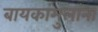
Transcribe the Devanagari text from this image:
बायकांमुलांना